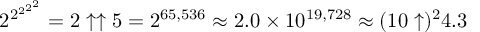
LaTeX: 2 ^ { 2 ^ { 2 ^ { 2 ^ { 2 } } } } = 2 \uparrow \uparrow 5 = 2 ^ { 6 5 , 5 3 6 } \approx 2 . 0 \times 1 0 ^ { 1 9 , 7 2 8 } \approx ( 1 0 \uparrow ) ^ { 2 } 4 . 3